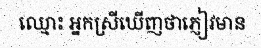
ឈ្មោះ អ្នកស្រីឃើញថាភ្ញៀវមាន